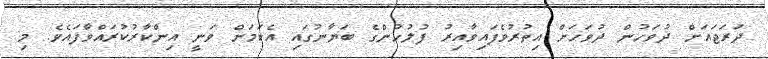
ދަރަޖައަށް ދުވަހުން ދުވަހަށް އިތުރުވެފައިވާއިރު ފުލުހުންގެ ބަޔާނުގައި އެކަމަށް ވަނީ އިންކާރުކުރައްވާފައެވެ. މި